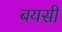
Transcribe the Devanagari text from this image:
बयसी